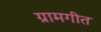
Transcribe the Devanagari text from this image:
ग्रामगीत